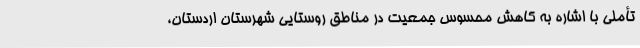
تأملی با اشاره به کاهش محسوس جمعیت در مناطق روستایی شهرستان اردستان،